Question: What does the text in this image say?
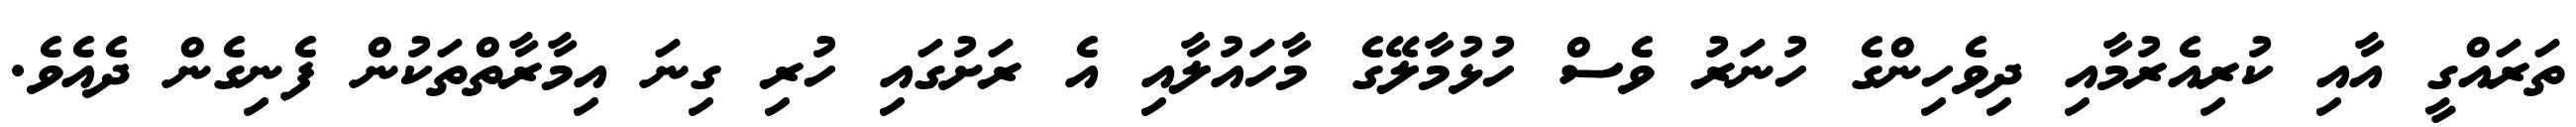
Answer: ތަރައްގީ އާއި ކުރިއެރުމާއި ދިވެހިންގެ ހުނަރު ވެސް ހުޅުމާލޭގެ މާހައުލާއި އެ ރަށުގައި ހުރި ގިނަ އިމާރާތްތަކުން ފެނިގެން ދެއެވެ.